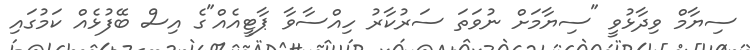
ސިޔާމް ވިދާޅުވީ "ސިޔާމަށް ނުވަތަ ސަރުކާރު ހިއްސާވާ ޕާޓީއެއް"ގެ އިސް ބޭފުޅެއް ކަމުގައި